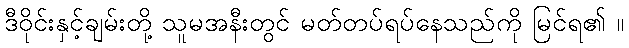
ဒီဝိုင်းနှင့်ချမ်းတို့ သူမအနီးတွင် မတ်တပ်ရပ်နေသည်ကို မြင်ရ၏ ။